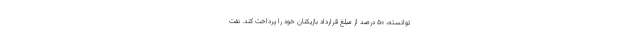
توانسته، ۵۰ درصد از مبلغ قرارداد بازیکنان خود را پرداخت کند. نفت